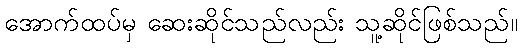
အောက်ထပ်မှ ဆေးဆိုင်သည်လည်း သူ့ဆိုင်ဖြစ်သည်။